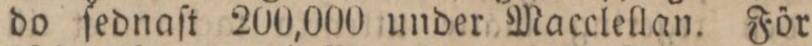
do ſednaſt 200,000 under Macclellan. För